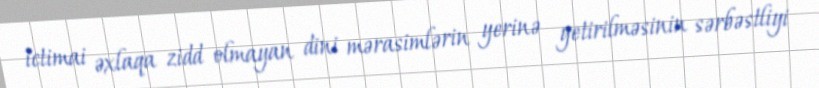
ictimai əxlaqa zidd olmayan dini mərasimlərin yerinə yetirilməsinin sərbəstliyi